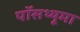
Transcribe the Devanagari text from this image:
पॉसथ्यूमा